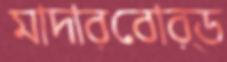
মাদারবোর্ড